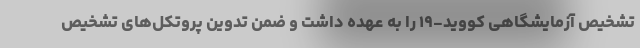
تشخیص آزمایشگاهی کووید-۱۹ را به عهده داشت و ضمن تدوین پروتکل‌های تشخیص